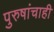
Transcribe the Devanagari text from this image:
पुरुषांचाही